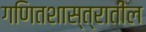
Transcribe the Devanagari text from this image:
गणितशास्त्रातील